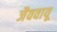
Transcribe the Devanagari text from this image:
जैववायू